Education (Scotland) Act, 1936, 1936
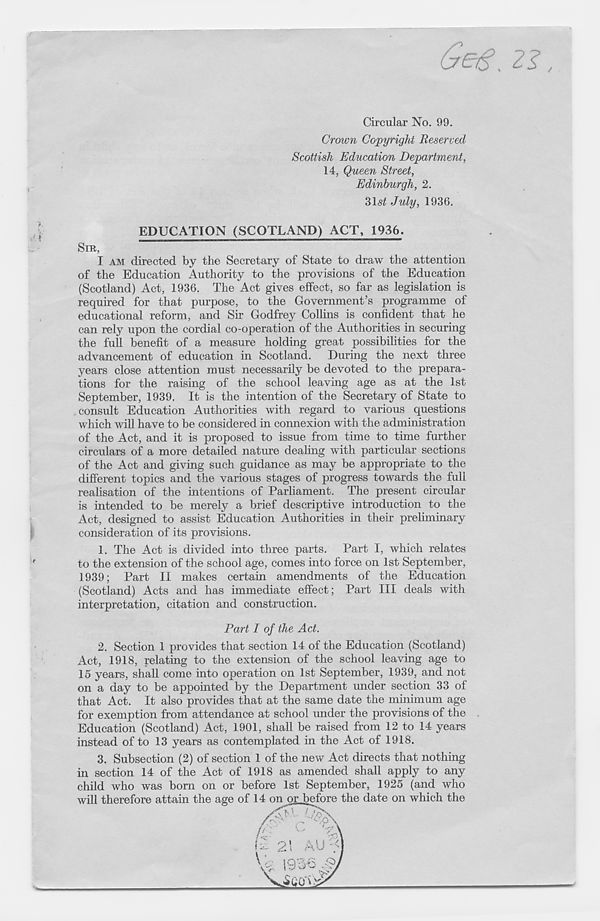
Circular No. 99.
Crown Copyright Reserved
Scottish Education Department,
14, Queen Street,
Edinburgh, 2.
31-si July, 1936.
EDUCATION (SCOTLAND) ACT, 1936.
SIR,
I AM directed by the Secretary of State to draw the attention
of the Education Authority to the provisions of the Education
(Scotland) Act, 1936. The Act gives effect, so far as legislation is
required for that purpose, to the Government’s programme of
educational reform, and Sir Godfrey Collins is confident that he
can rely upon the cordial co-operation of the Authorities in securing
the full benefit of a measure holding great possibilities for the
advancement of education in Scotland. During the next three
years close attention must necessarily be devoted to the prepara-
tions for the raising of the school leaving age as at the 1st
September, 1939. It is the intention of the Secretary of State to
consult Education Authorities with regard to various questions
which will have to be considered in connexion with the administration
of the Act, and it is proposed to issue from time to time further
circulars of a more detailed nature dealing with particular sections
of the Act and giving such guidance as may be appropriate to the
different topics and the various stages of progress towards the full
realisation of the intentions of Parliament. The present circular
is intended to be merely a brief descriptive introduction to the
Act, designed to assist Education Authorities in their preliminary
consideration of its provisions.
1. The Act is divided into three parts. Part I, which relates
to the extension of the school age, comes into force on 1st September,
1939; Part II makes certain amendments of the Education
(Scotland) Acts and has immediate effect; Part III deals with
interpretation, citation and construction.
Part I of the Act.
2. Section 1 provides that section 14 of the Education (Scotland)
Act, 1918, relating to the extension of the school leaving age to
15 years, shall come into operation on 1st September, 1939, and not
on a day to be appointed by the Department under section 33 of
that Act. It also provides that at the same date the minimum age
for exemption from attendance at school under the provisions of the
Education (Scotland) Act, 1901, shall be raised from 12 to 14 years
instead of to 13 years as contemplated in the Act of 1918.
3. Subsection (2) of section 1 of the new Act directs that nothing
in section 14 of the Act of 1918 as amended shall apply to any
child who was born on or before 1st September, 1925 (and who